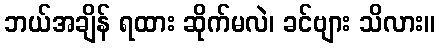
ဘယ်အချိန် ရထား ဆိုက်မလဲ၊ ခင်ဗျား သိလား။